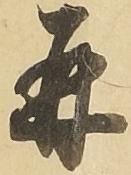
并